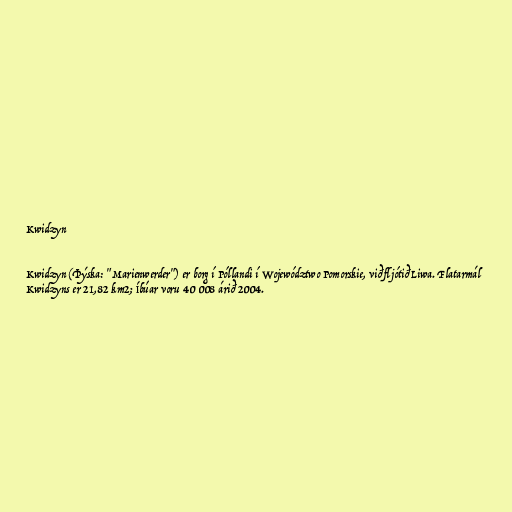
Kwidzyn

Kwidzyn (Þýska: "Marienwerder") er borg í Póllandi í Województwo Pomorskie, við fljótið Liwa. Flatarmál
Kwidzyns er 21,82 km2; Íbúar voru 40 008 árið 2004.